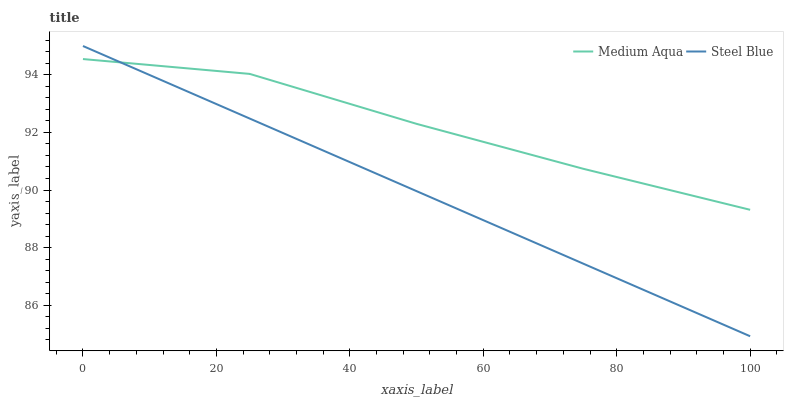
| xaxis_label | Medium Aqua | Steel Blue |
 | --- | --- | --- |
 | 0 | 94.5 | 95 |
 | 25 | 94 | 92.5 |
 | 50 | 92.3 | 90 |
 | 75 | 90.7 | 87.4 |
 | 100 | 89.3 | 84.9 |